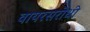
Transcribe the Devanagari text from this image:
वायरसरोधी